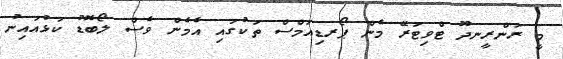
މީ ރަންރީނދޫ ޓްވިޓަރޭ މެން ޕޯރޑިއަމްސް ތަކުގައި އެމެން ވެސް ލޯބޮޑު ކަޅުއައިނު